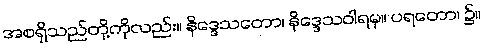
အစရှိသည်တို့ကိုလည်း။ နိဒ္ဒေသတော၊ နိဒ္ဒေသဝါရမှ။ ပရတော၊ ၌။